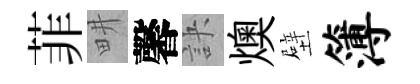
菲畊馨訣燠壁簿